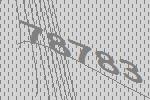
78783